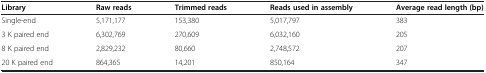
| Library | Raw reads | Trimmed reads | Reads used in assembly | Average read length (bp) |
 | --- | --- | --- | --- | --- |
 | Single-end | 5,171,177 | 153,380 | 5,017,797 | 383 |
 | 3 K paired end | 6,302,769 | 270,609 | 6,032,160 | 205 |
 | 8 K paired end | 2,829,232 | 80,660 | 2,748,572 | 207 |
 | 20 K paired end | 864,365 | 14,201 | 850,164 | 347 |